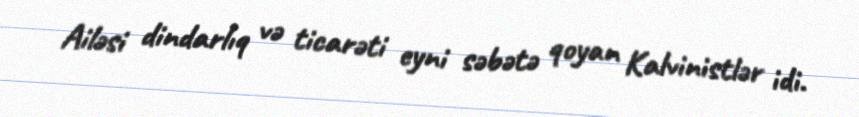
Ailəsi dindarlıq və ticarəti eyni səbətə qoyan Kalvinistlər idi.